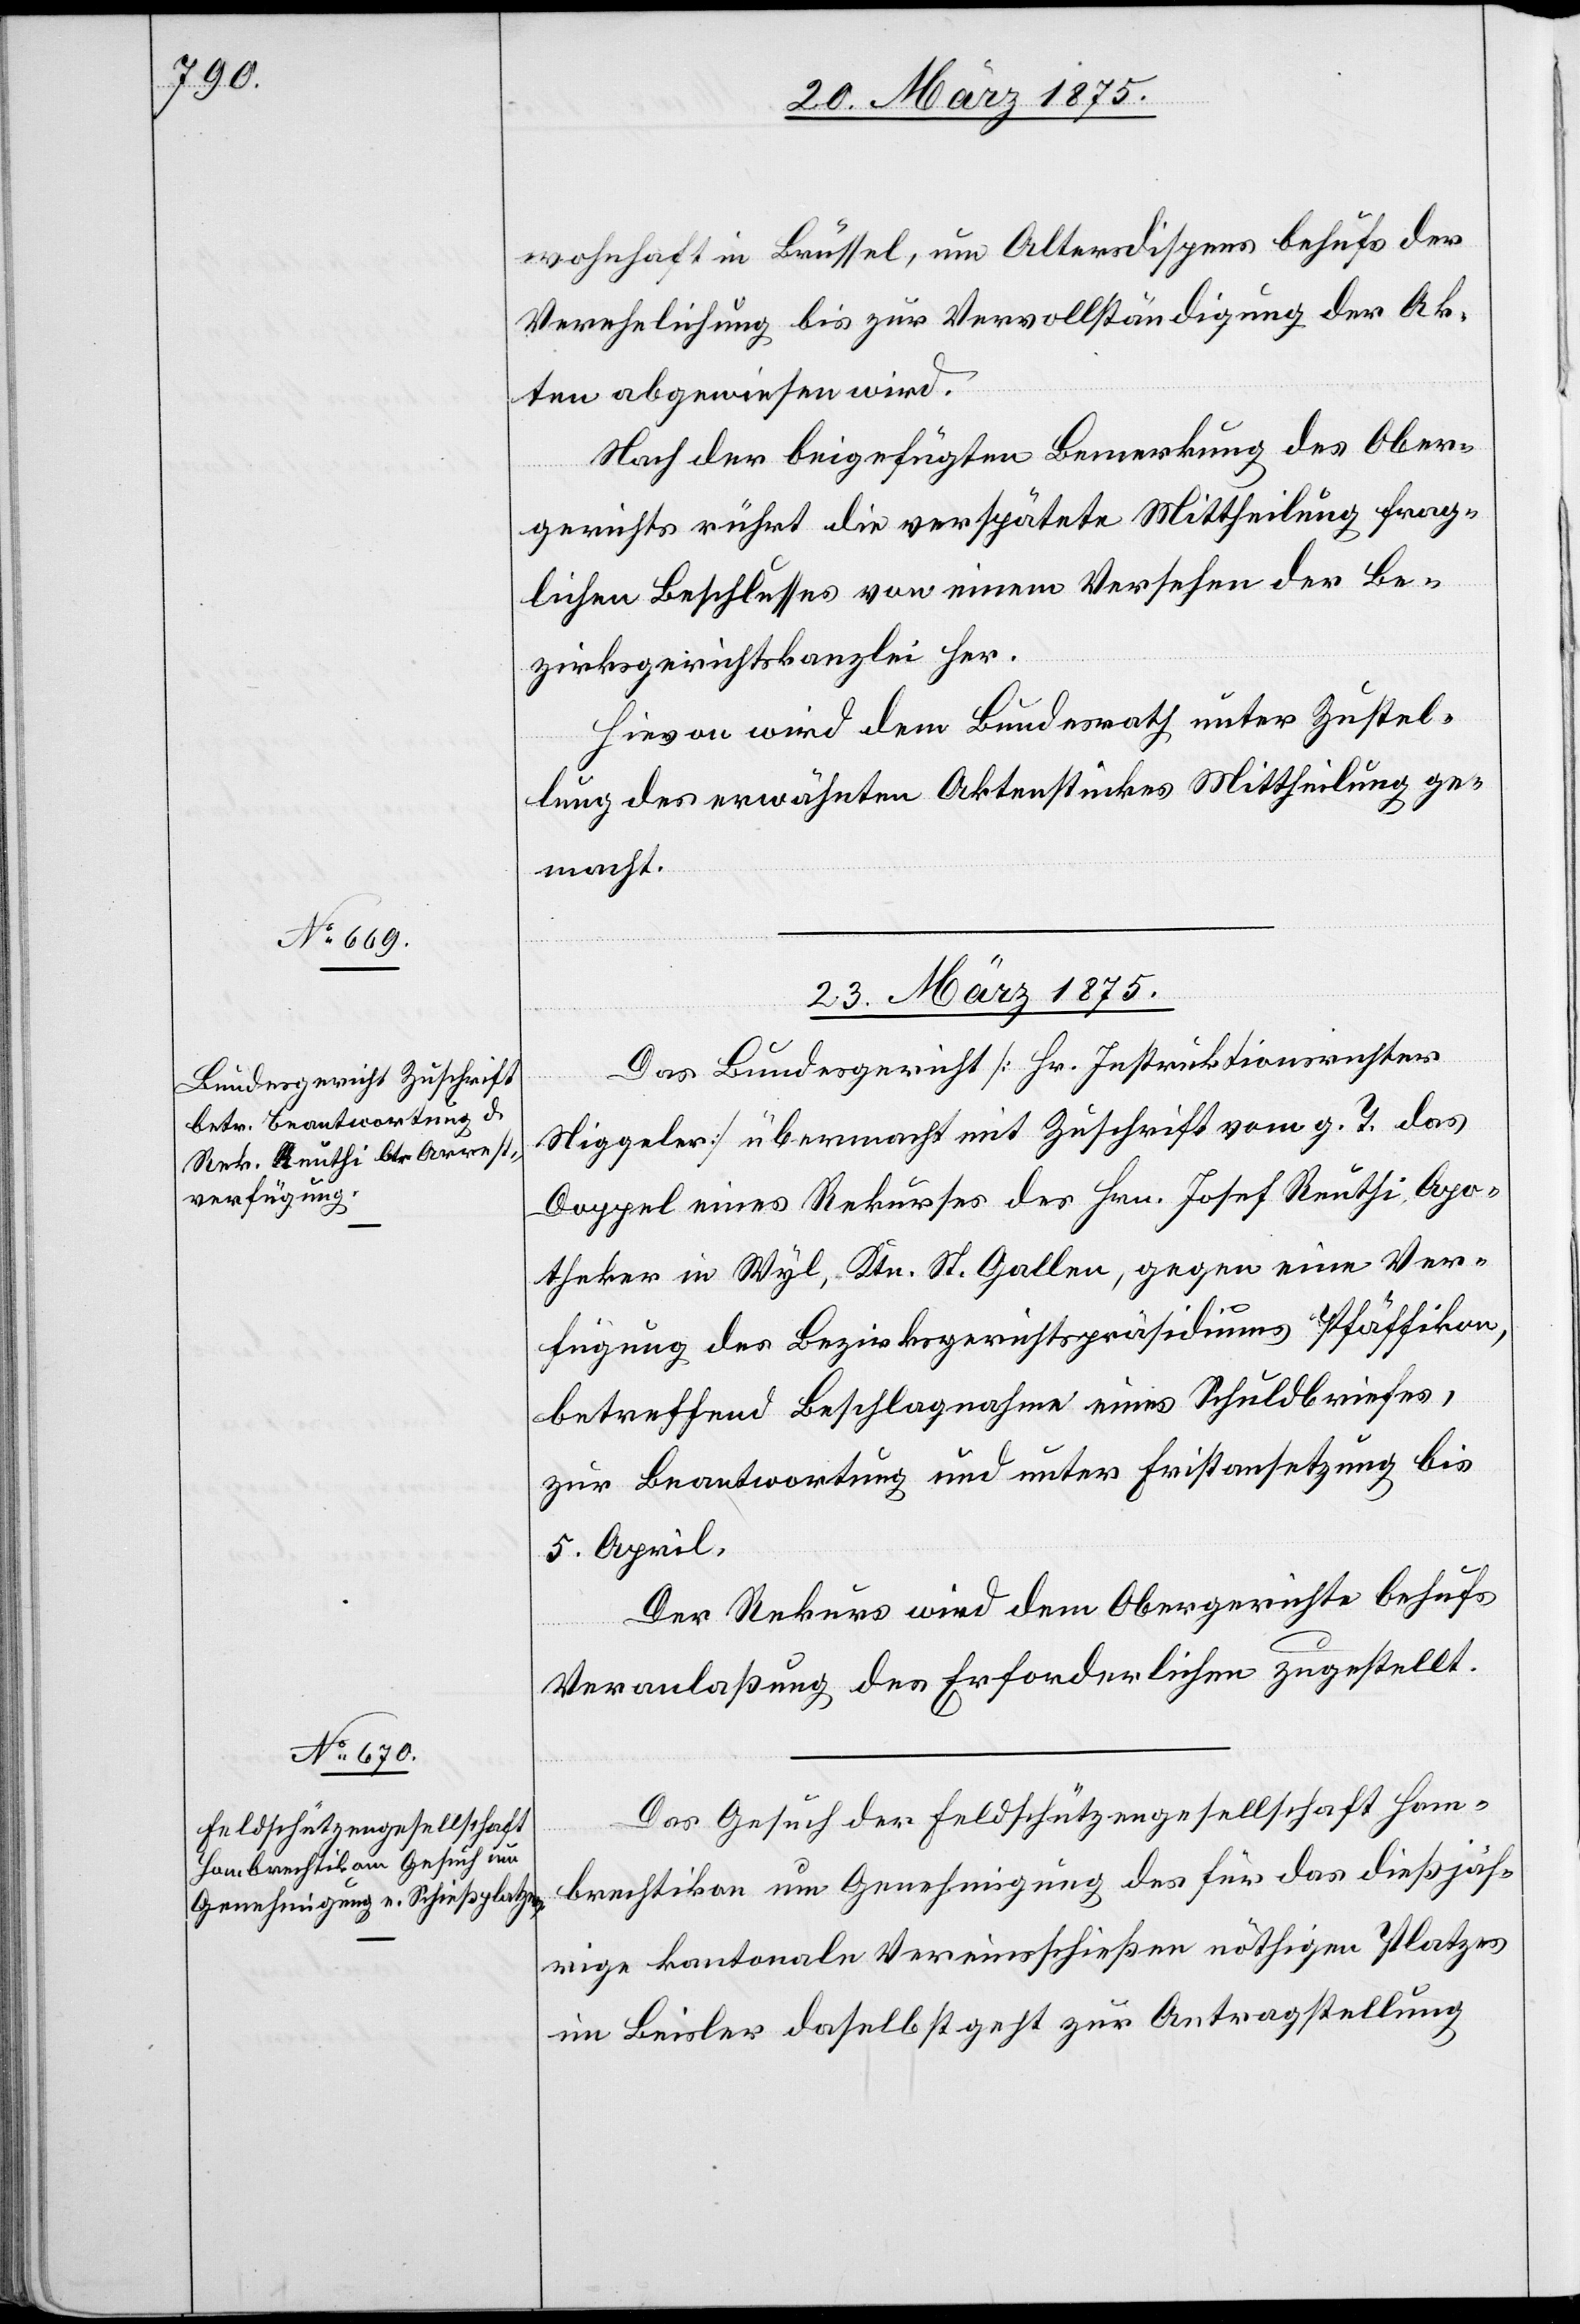
wohnhaft in Brüssel, um Altersdispens behufs der
Verehelichung bis zur Vervollständigung der Ak¬
ten abgewiesen wird.
Nach der beigefügten Bemerkung des Ober¬
gerichts rührt die verspätete Mittheilung frag¬
lichen Beschlusses von einem Versehen der Be¬
zirksgerichtskanzlei her.
Hievon wird dem Bundesrath unter Zustel¬
lung des erwähnten Aktenstückes Mittheilung ge¬
macht.
23. März 1875.]
Das Bundesgericht [Hr. Instruktionsrichter
Niggeler] übermacht mit Zuschrift vom g. T. das
Doppel eines Rekurses des Hrn. Josef Reuthi, Apo¬
theker in Wyl, Ktn. St. Gallen, gegen eine Ver¬
fügung des Bezirksgerichtspräsidiums Pfäffikon,
betreffend Beschlagnahme eines Schuldbriefes,
zur Beantwortung und unter Fristansetzung bis
5. April.
Der Rekurs wird dem Obergerichte behufs
Veranlaßung des Erforderlichen zugestellt.
Das Gesuch der Feldschützengesellschaft Hom¬
brechtikon um Genehmigung des für das dießjäh¬
rige kantonale Vereinsschießen nöthigen Platzes
im Beisler daselbst zur Antragstellung